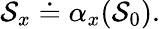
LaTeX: {\cal S}_{x}\doteq\alpha_{x}({\cal S}_{0}).